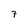
Character: 7